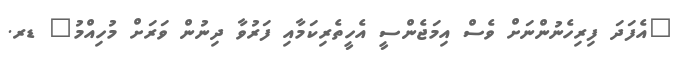
"އެފަދަ ފިރިހެނުންނަށް ވެސް އިމަޖެންސީ އެހީތެރިކަމާއި ފަރުވާ ދިނުން ވަރަށް މުހިއްމު" ޑރ.